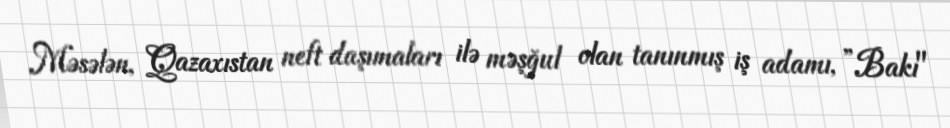
Məsələn, Qazaxıstan neft daşımaları ilə məşğul olan tanınmış iş adamı, ”Bakı"